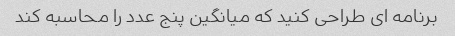
برنامه ای طراحی کنید که میانگین پنج عدد را محاسبه کند